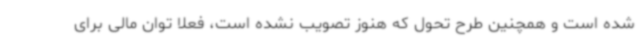
شده است و همچنین طرح تحول که هنوز تصویب نشده است، فعلا توان مالی برای